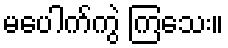
မပေါက်ကွဲ ကြသေး။